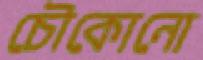
চৌকোনো